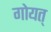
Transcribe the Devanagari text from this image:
गोयत्